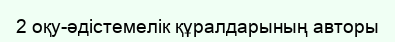
2 оқу-әдістемелік құралдарының авторы